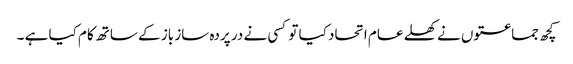
کچھ جماعتوں نے کھلے عام اتحاد کیا تو کسی نے در پردہ ساز باز کے ساتھ کام کیا ہے ۔